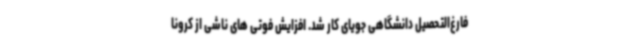
فارغ‌التحصیل دانشگاهی جویای کار شد. افزایش فوتی های ناشی از کرونا